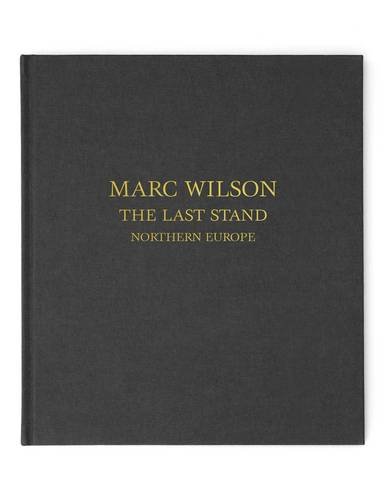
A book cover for The Last Stand: Northern Europe; Marc Wilson; Arts & Photography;